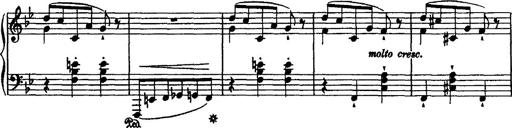
Title: Grande valse di bravura
Composer: Franz Liszt